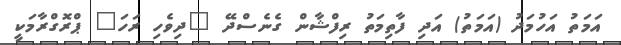
އަމަތު އަހުމަދު (އަމަތު) އަދި ފާތިމަތު ރިފްޝާން ގެނެސްދޭ "ދިވެހި ރަހަ" ޕްރޮގްރާމަކީ